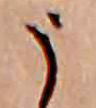
う